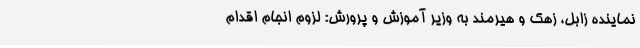
نماینده زابل، زهک و هیرمند به وزیر آموزش و پرورش: لزوم انجام اقدام